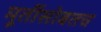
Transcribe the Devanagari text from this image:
मूर्तीसोबतच